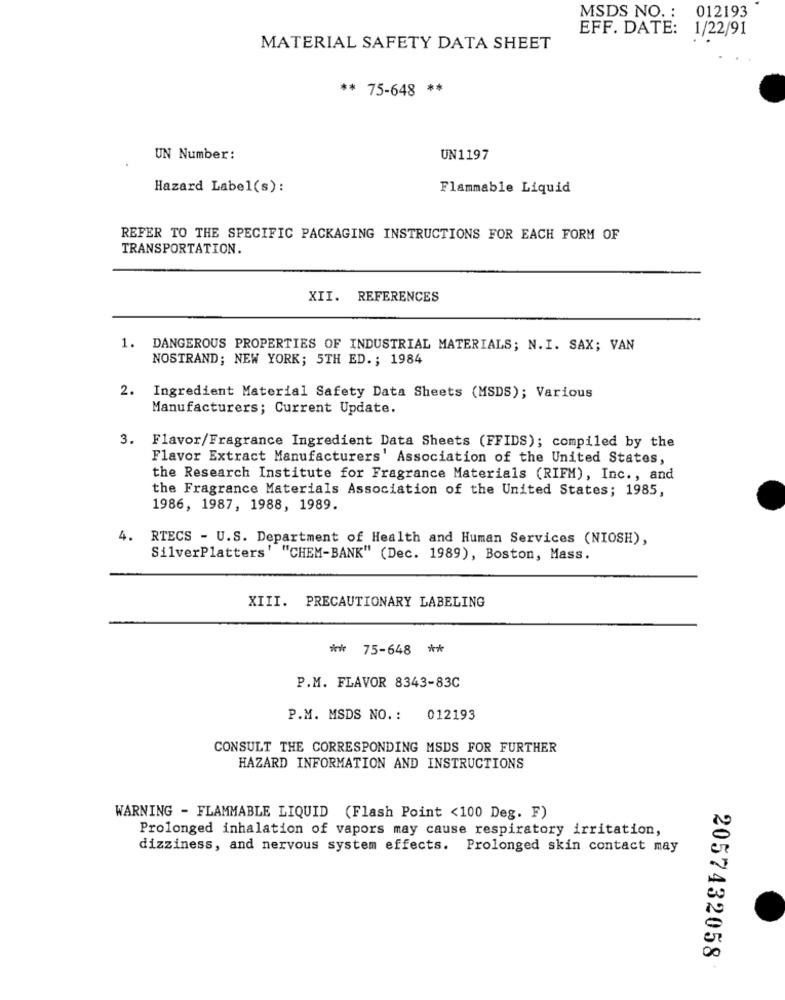
MSDS NO. :
012193
EFF. DATE: 1/22/91
MATERIAL SAFETY DATA SHEET
** 75-648 **
UN Number:
UN1197
Hazard Label(s):
Flammable Liquid
REFER TO THE SPECIFIC PACKAGING INSTRUCTIONS FOR EACH FORM OF
TRANSPORTATION.
XII. REFERENCES
1. DANGEROUS PROPERTIES OF INDUSTRIAL MATERIALS; N.I. SAX; VAN
NOSTRAND; NEW YORK; 5TH ED .; 1984
2. Ingredient Material Safety Data Sheets (MSDS); Various
Manufacturers; Current Update.
3. Flavor/Fragrance Ingredient Data Sheets (FFIDS); compiled by the
Flavor Extract Manufacturers' Association of the United States,
the Research Institute for Fragrance Materials (RIFM), Inc ., and
the Fragrance Materials Association of the United States; 1985,
1986, 1987, 1988, 1989.
4. RTECS - U.S. Department of Health and Human Services (NIOSH),
SilverPlatters' "CHEM-BANK" (Dec. 1989), Boston, Mass.
XIII. PRECAUTIONARY LABELING
** 75-648 **
P.M. FLAVOR 8343-83C
P.M. MSDS NO. :
012193
CONSULT THE CORRESPONDING MSDS FOR FURTHER
HAZARD INFORMATION AND INSTRUCTIONS
WARNING - FLAMMABLE LIQUID (Flash Point <100 Deg. F)
Prolonged inhalation of vapors may cause respiratory irritation,
dizziness, and nervous system effects. Prolonged skin contact may
2057432058